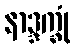
နာဒ္ဒက္ခုံ